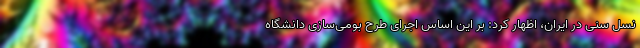
نسل سنی در ایران، اظهار کرد: بر این اساس اجرای طرح بومی‌سازی دانشگاه